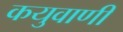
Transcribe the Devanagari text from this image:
कयुवाणी